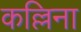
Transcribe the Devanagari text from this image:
कल्लिना